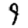
Digit: 9